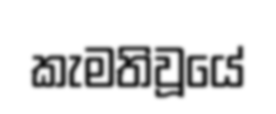
කැමතිවූයේ